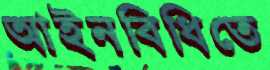
আইনবিধিতে